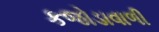
કજોડાવાળી